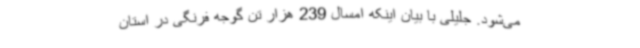
می‌شود. جلیلی با بیان اینکه امسال 239 هزار تن گوجه فرنگی در استان